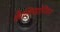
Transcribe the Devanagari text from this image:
कैलिप्सोनियन